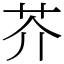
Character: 芥